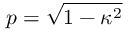
p = \sqrt { 1 - { \kappa } ^ { 2 } }